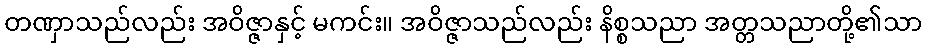
တဏှာသည်လည်း အဝိဇ္ဇာနှင့် မကင်း။ အဝိဇ္ဇာသည်လည်း နိစ္စသညာ အတ္တသညာတို့၏သာ